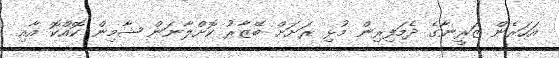
އަހަރެން ޒަރީނާގެ ދެމަފިރިން މުޅި ރަށަށް ބޭޒާރު ކޮށްލާނަން ޝާމިން ކޮއްކޮ އާއި